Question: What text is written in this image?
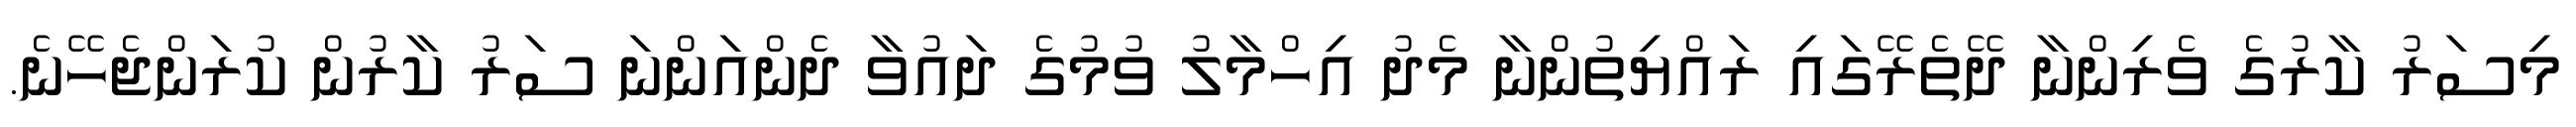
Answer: މިސަރު ކާރުގެ ވެރިންނާ ދޭތެރޭގައި ރައްޔިތުންނާ މެދު އިހްމާލު ވުމުގެ ދައުވާ ދެންއަންނަ ސަރު ކާރުން ކުރަންޖެހޭނެ.